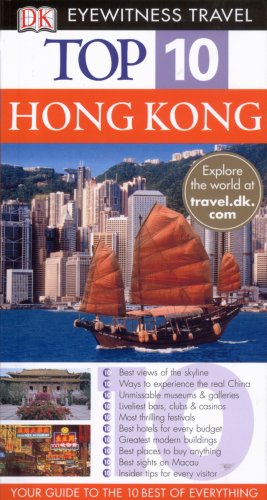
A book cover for Eyewitness Top 10 Travel Guides: Hong Kong (Eyewitness Travel Top 10); DK Publishing Eyewitness; Travel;